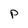
Character: p